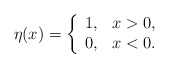
\begin{align*}\eta(x)=\left\{\begin{array}{cc}1,&x>0,\\0,&x<0.\end{array}\right.\end{align*}